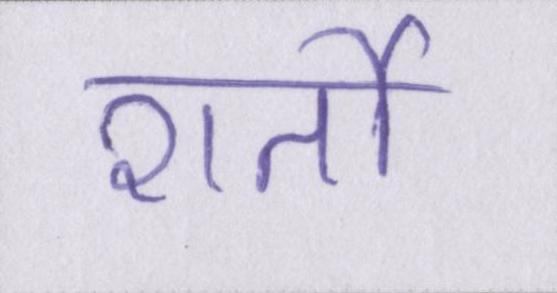
शर्तो